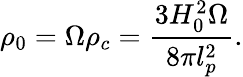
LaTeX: \rho_{0}=\Omega\rho_{c}=\frac{3H_{0}^{2}\Omega}{8\pi l_{p}^{2}}.